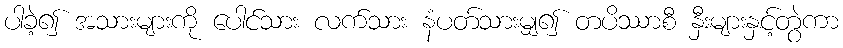
ပါခဲ့၍ အသားများကို ပေါင်သား လက်သား နံပတ်သားမျှ၍ တပိဿာစီ နှီးများနှင့်တွဲကာ